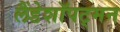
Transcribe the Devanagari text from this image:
लैंडेशॉपट्मन